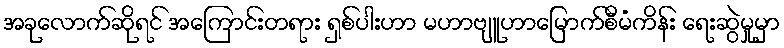
အခုလောက်ဆိုရင် အကြောင်းတရား ရှစ်ပါးဟာ မဟာဗျူဟာမြောက်စီမံကိန်း ရေးဆွဲမှုမှာ